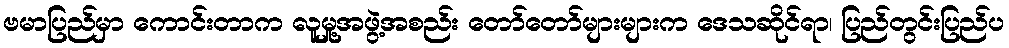
ဗမာပြည်မှာ ကောင်းတာက လူမှု့အဖွဲ့အစည်း တော်တော်များများက ဒေသဆိုင်ရာ၊ ပြည်တွင်းပြည်ပ